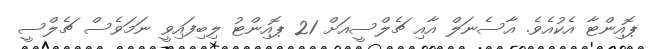
ޕޮއިންޓާ އެކުއެވެ. އާސެނަލް އާއި ޗެލްސީއަށް 21 ޕޮއިންޓު ލިބިފައިވީ ނަމަވެސް ޗެލްސީ